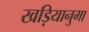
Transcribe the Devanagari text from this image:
खड़ियानुमा